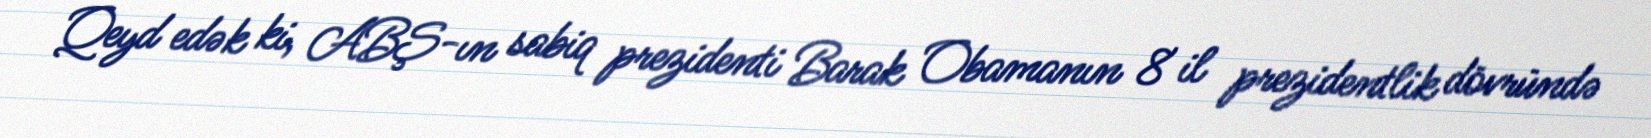
Qeyd edək ki, ABŞ-ın sabiq prezidenti Barak Obamanın 8 il prezidentlik dövründə